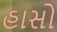
હાસો